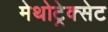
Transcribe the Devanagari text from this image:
मेथोट्रेक्सेट